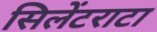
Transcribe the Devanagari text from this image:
सिलेंटराटा